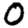
Digit: 0